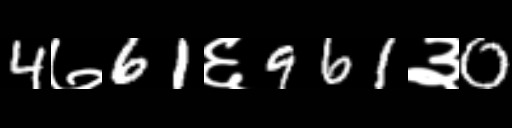
Text: 4७61६961३0